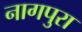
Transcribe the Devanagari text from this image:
नागपुरा